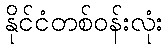
နိုင်ငံတစ်ဝန်းလုံး